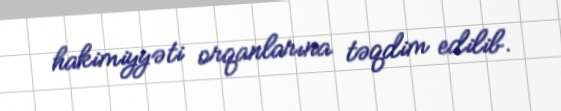
hakimiyyəti orqanlarına təqdim edilib.